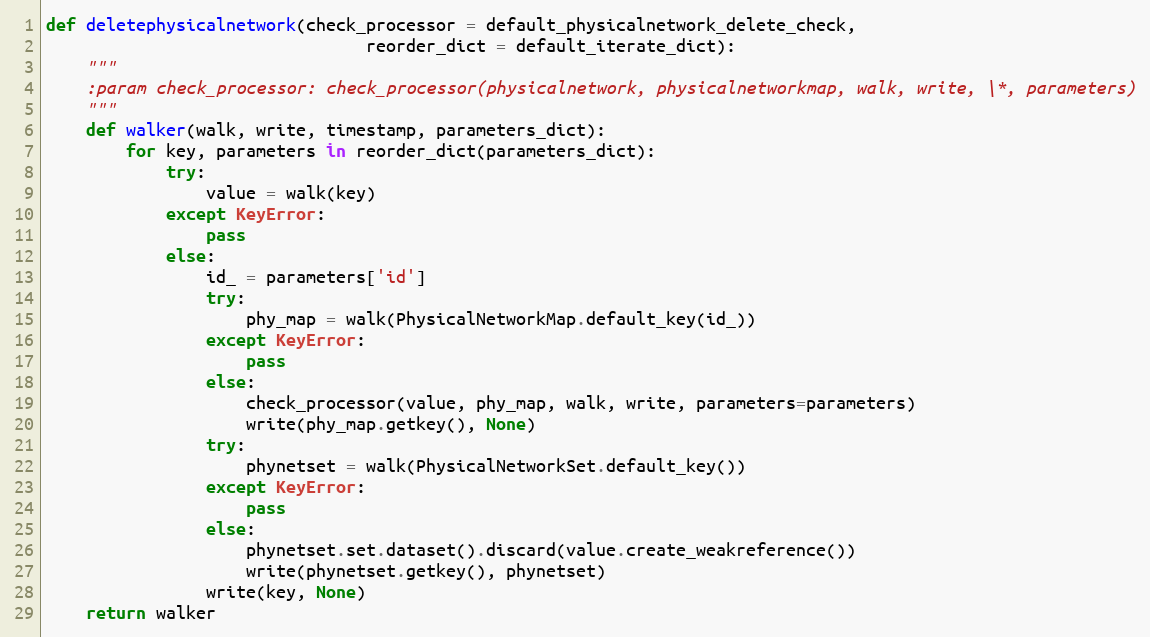
Language: Python
def deletephysicalnetwork(check_processor = default_physicalnetwork_delete_check,
                                reorder_dict = default_iterate_dict):
    """
    :param check_processor: check_processor(physicalnetwork, physicalnetworkmap, walk, write, \*, parameters)
    """
    def walker(walk, write, timestamp, parameters_dict):
        for key, parameters in reorder_dict(parameters_dict):
            try:
                value = walk(key)
            except KeyError:
                pass
            else:
                id_ = parameters['id']
                try:
                    phy_map = walk(PhysicalNetworkMap.default_key(id_))
                except KeyError:
                    pass
                else:
                    check_processor(value, phy_map, walk, write, parameters=parameters)
                    write(phy_map.getkey(), None)
                try:
                    phynetset = walk(PhysicalNetworkSet.default_key())
                except KeyError:
                    pass
                else:
                    phynetset.set.dataset().discard(value.create_weakreference())
                    write(phynetset.getkey(), phynetset)
                write(key, None)
    return walker